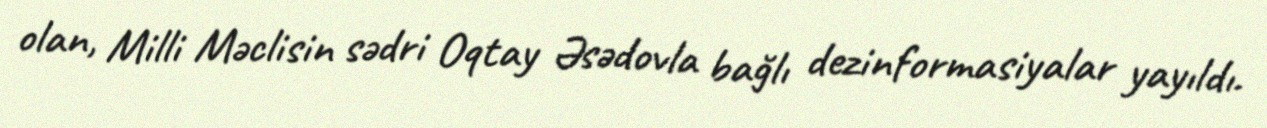
olan, Milli Məclisin sədri Oqtay Əsədovla bağlı dezinformasiyalar yayıldı.